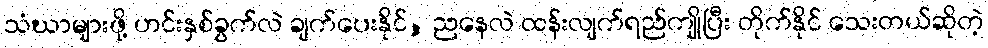
သံဃာများဖို့ ဟင်းနှစ်ခွက်လဲ ချက်ပေးနိုင်, ညနေလဲ ထန်းလျက်ရည်ကျိုပြီး တိုက်နိုင် သေးတယ်ဆိုတဲ့